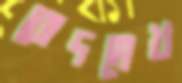
রোদমেখ